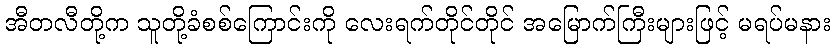
အီတလီတို့က သူတို့ခံစစ်ကြောင်းကို လေးရက်တိုင်တိုင် အမြောက်ကြီးများဖြင့် မရပ်မနား